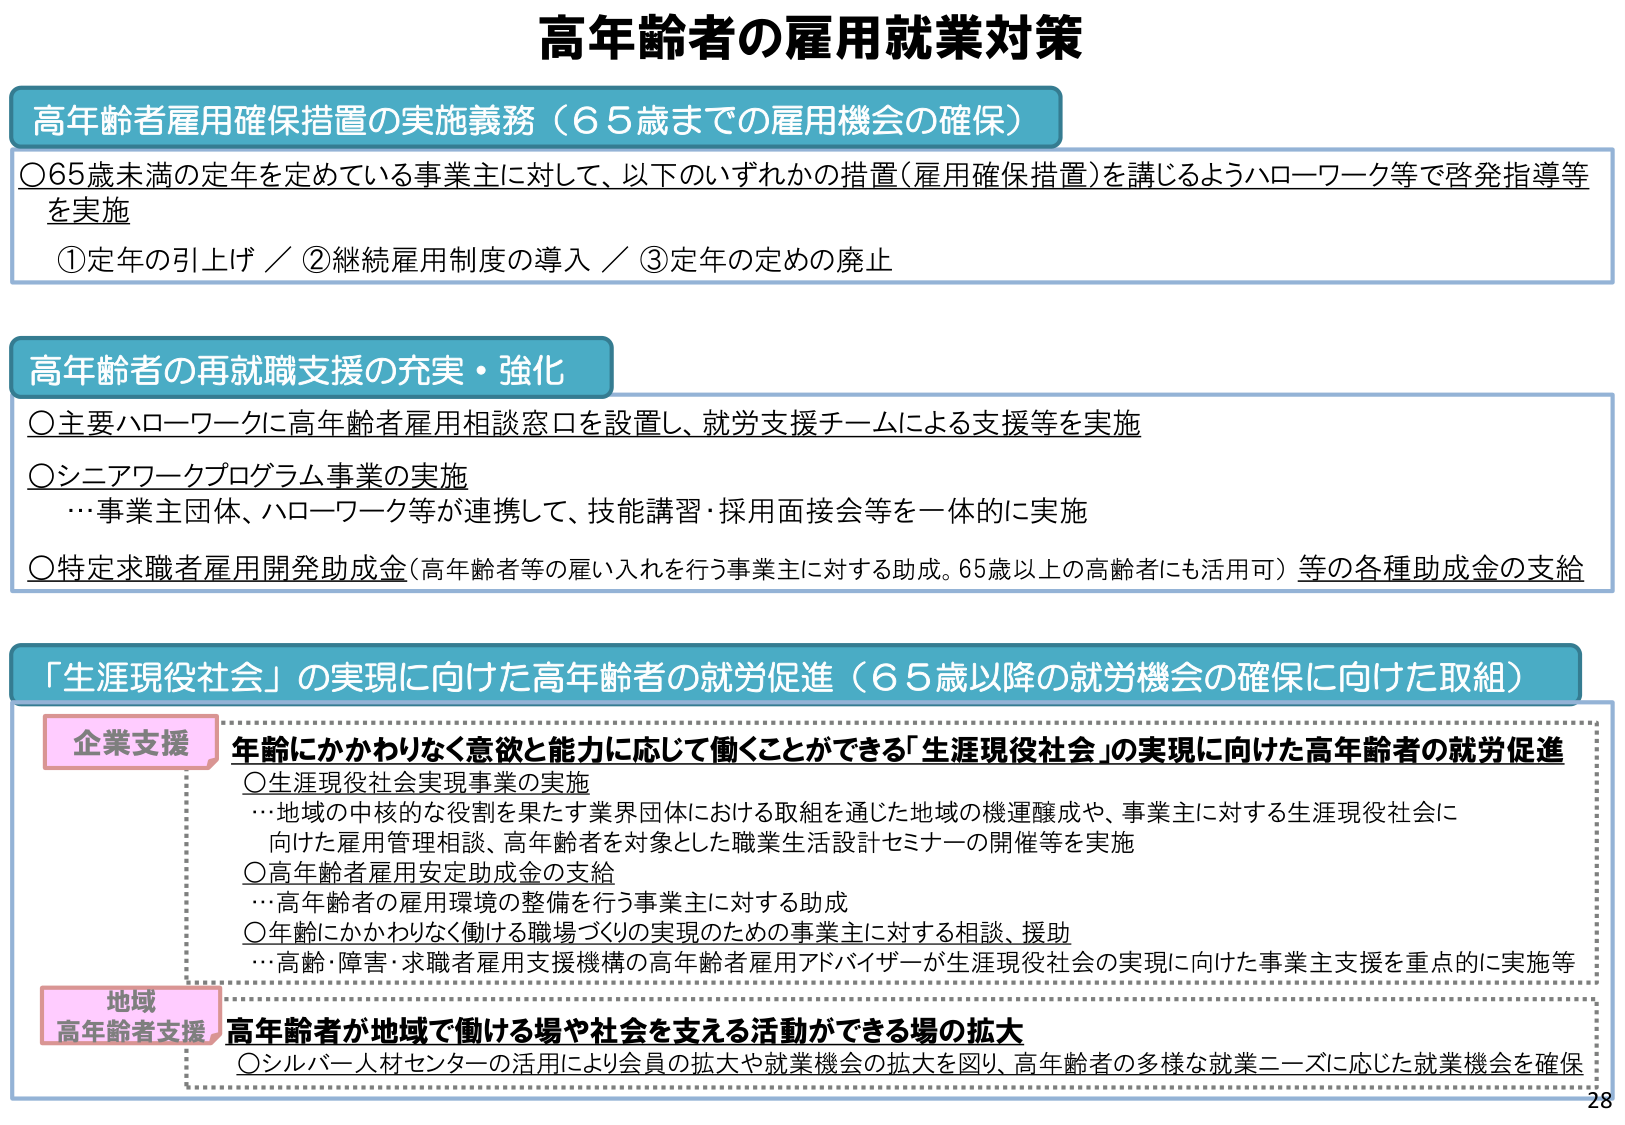
高年齢者の雇用就業対策

高年齢者雇用確保措置の実施義務（６５歳までの雇用機会の確保）
〇６５歳未満の定年を定めている事業主に対して、以下のいずれかの措置（雇用確保措置）を講じるようハローワーク等で啓発指導等を実施
　①定年の引上げ／②継続雇用制度の導入／③定年の定めの廃止

高年齢者の再就職支援の充実・強化
〇主要ハローワークに高年齢者雇用相談窓口を設置し、就労支援チームによる支援等を実施
〇シニアワークプログラム事業の実施
　…事業主団体、ハローワーク等が連携して、技能講習・採用面接会等を一体的に実施
〇特定求職者雇用開発助成金（高年齢者等の雇い入れを行う事業主に対する助成。６５歳以上の高齢者にも活用可）等の各種助成金の支給

「生涯現役社会」の実現に向けた高年齢者の就労促進（６５歳以降の就労機会の確保に向けた取組）

企業支援
年齢にかかわりなく意欲と能力に応じて働くことができる「生涯現役社会」の実現に向けた高年齢者の就労促進
〇生涯現役社会実現事業の実施
　…地域の中核的な役割を果たす業界団体における取組を通じた地域の機運醸成や、事業主に対する生涯現役社会に向けた雇用管理相談、高年齢者を対象とした職業生活設計セミナーの開催等を実施
〇高年齢者雇用安定助成金の支給
　…高年齢者の雇用環境の整備を行う事業主に対する助成
〇年齢にかかわりなく働ける職場づくりの実現のための事業主に対する相談、援助
　…高齢・障害・求職者雇用支援機構の高年齢者雇用アドバイザーが生涯現役社会の実現に向けた事業主支援を重点的に実施等

地域
高年齢者支援
高年齢者が地域で働ける場や社会を支える活動ができる場の拡大
〇シルバー人材センターの活用により会員の拡大や就業機会の拡大を図り、高年齢者の多様な就業ニーズに応じた就業機会を確保

28